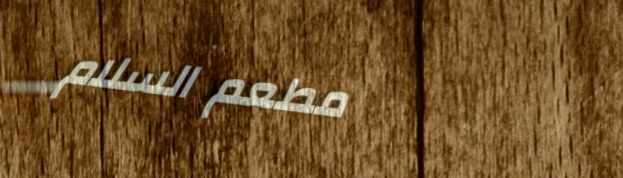
مطعم السلام